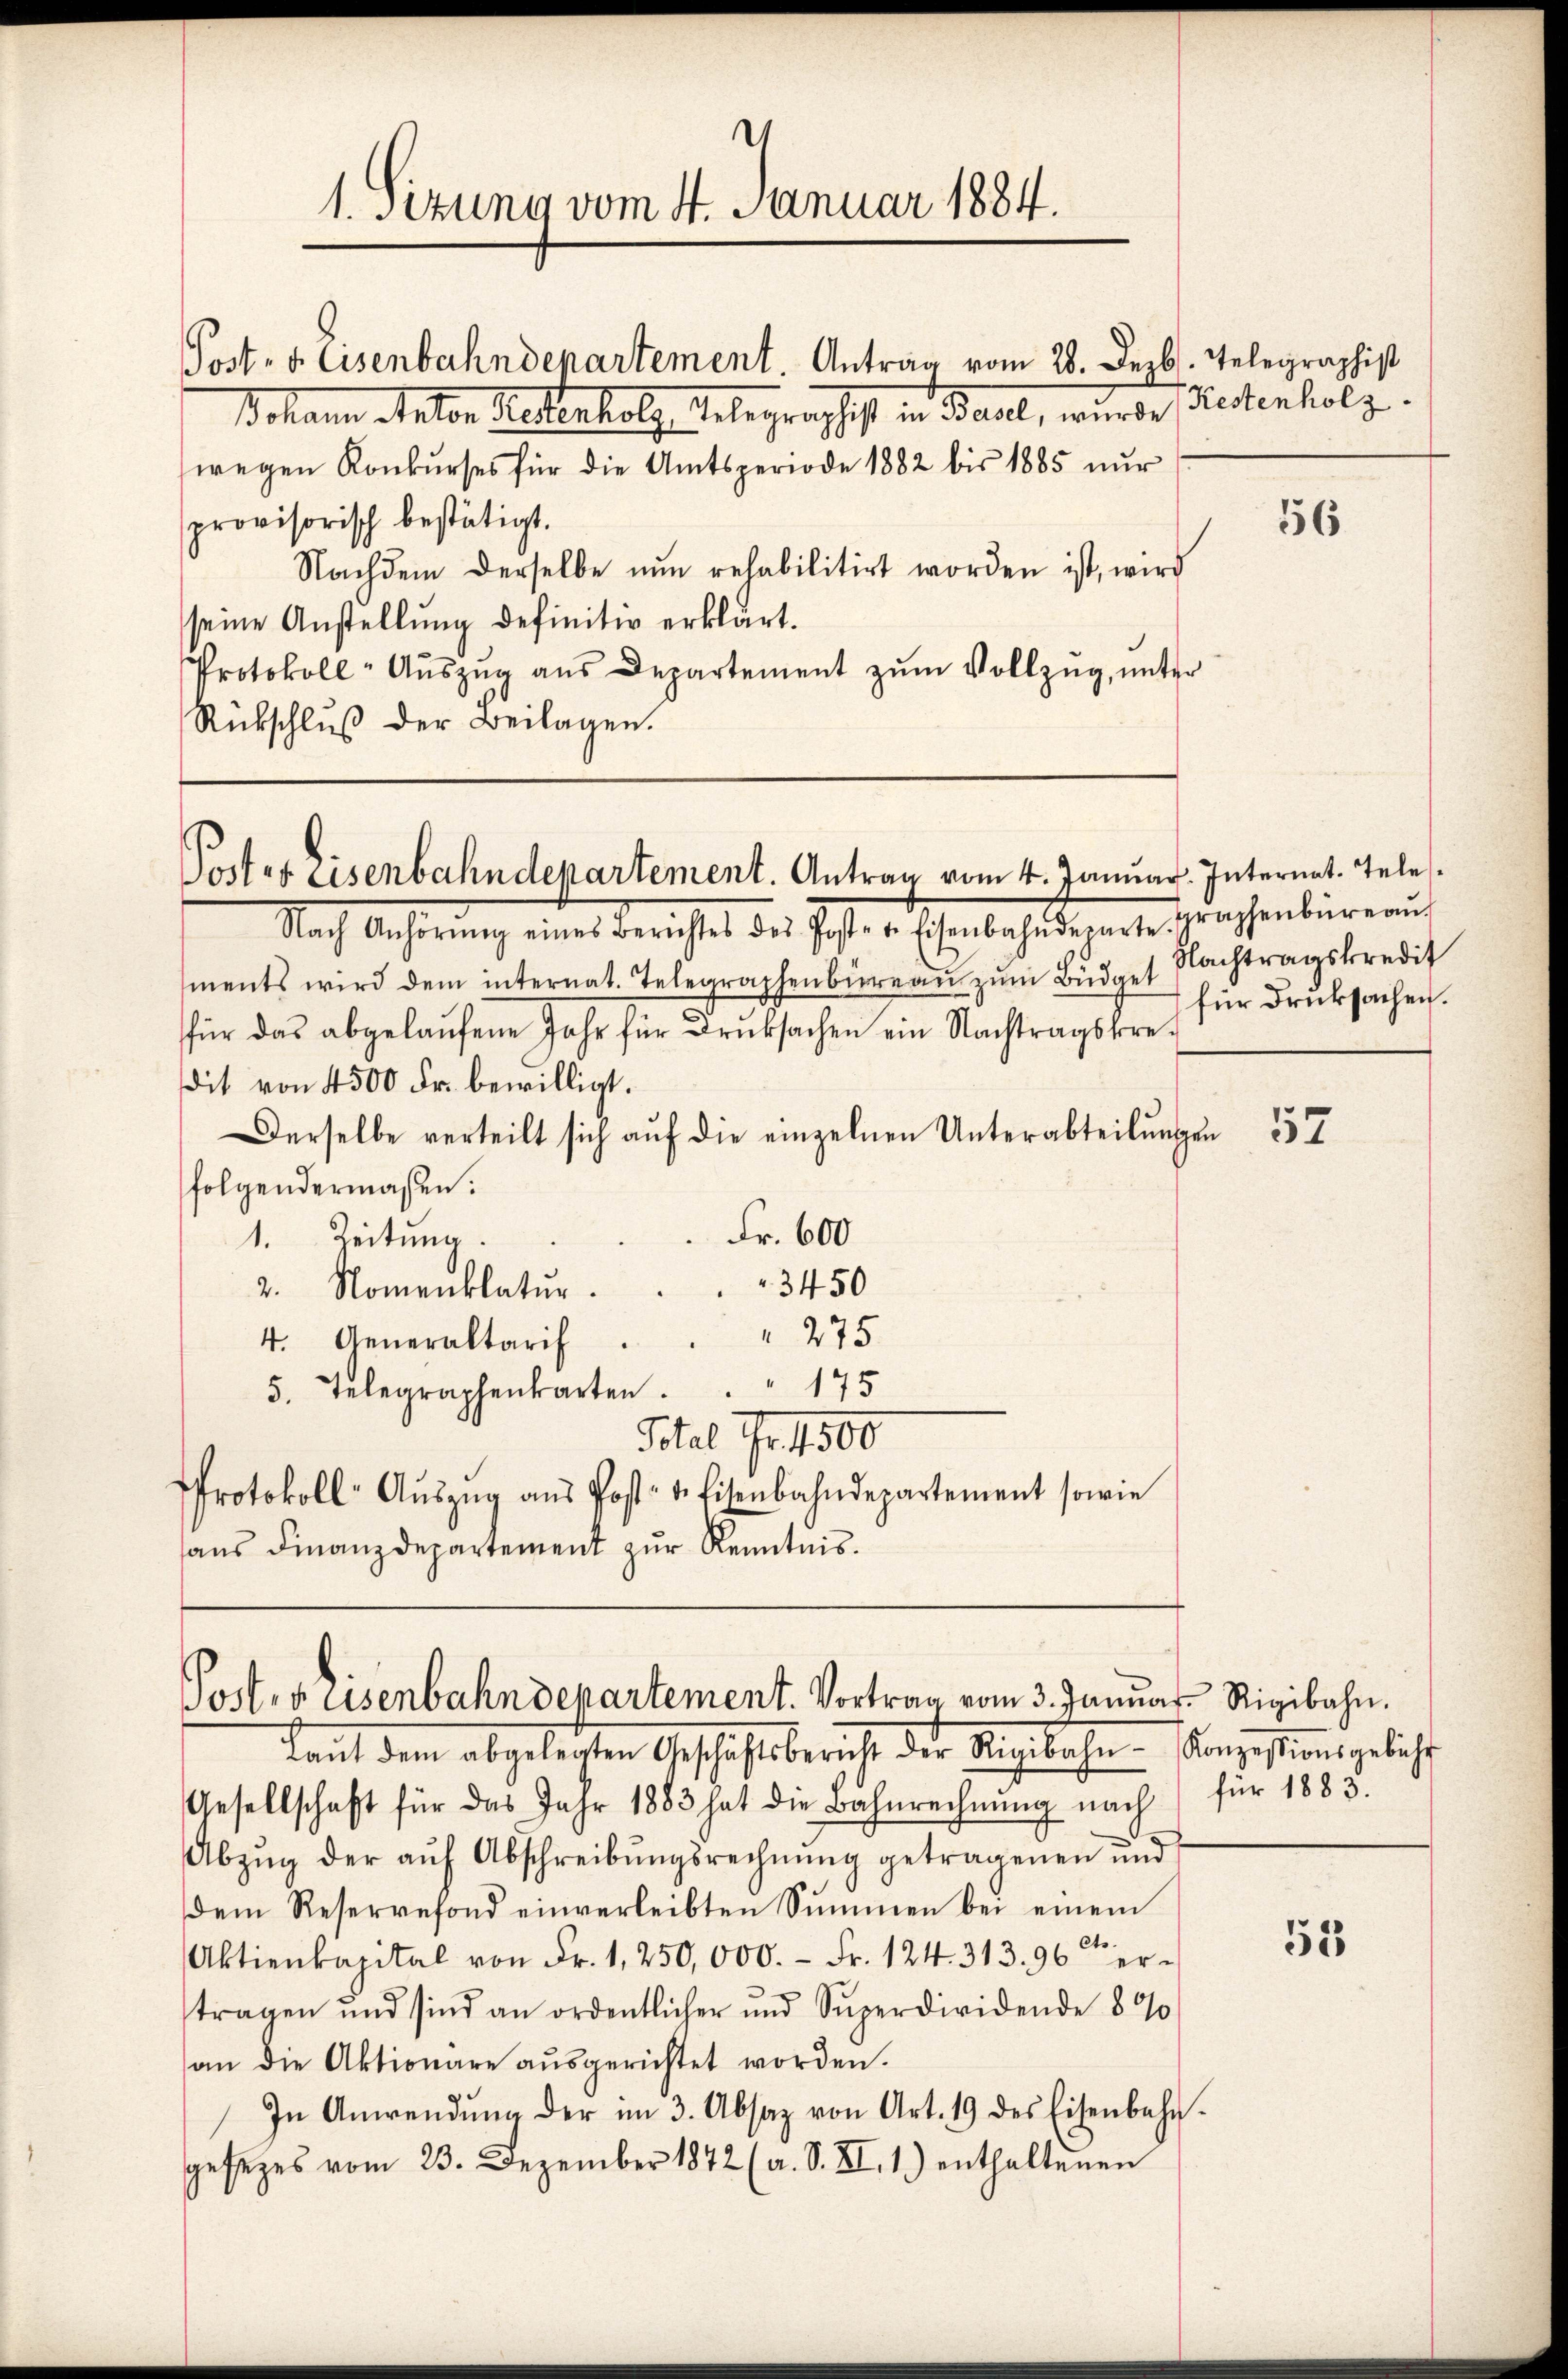
1. Setzung vom 4. Januar 1884.
Post. d. Eisenbahndepartement. Antrag vom 28. Dezbr. Telegraphist

1 Mann Anton Kellenholz, Gelegraphist in Baul, würdes Niederholz.
wegen Konkŭrses für die Amtsperiode 1882 bis 1885 nŭr
provisorisch bestätigt.
Nachdem derselbe nŭn rehabilitirt worden ist, wird
seine Anstellung definitiv erklärt.
Protokoll-Aŭszŭg aŭs Departement zŭm Vollzŭg, ŭnter
Rückschluß der Beilagen.

Poster Eisenbahndepartement. Antrag vom 4. Januar. Internat. Tele

Postes eisenbahndepartement. Vortrag vom 3. Januar Rigibahn.

Nach Anhörung einer Berichtet die Jahren sehen behaltungenden Gerechen berein
ments wird dem internat. Telegraphenbüreaŭ zŭm Büdget
für das abgelaŭfene Jahr für Druksachen ein Nachtragskredit von 4500 Fr. bewilligt.
Derselbe verteilt sich auf die einzelnen Unterabteilungen
folgendermaßen.
Fr. 600
1. Zeitung.
3450
2. Romenblatur
275
4. Generaltarif
175
5. Telegraphenbarten.
Total Fr. 1500
Protokoll- Aŭszŭg aŭs Post- u. Eisenbahndepartement sowie
ans Finanzdepartement zur Kenntnis.

Laut dem abgelegten Geschäftsbericht der Rigibahn-Konzessionsgebühr
Gesellschaft für das Jahr 1883 hat die Bahnrechnŭng nach für 1883.
Abzŭg der aŭf Abschreibŭngsrechnŭng getragenen und
dem Reservefond einverleibten Summen bei einem
Aktienkapital von Fr. 1, 250,000.- Fr. 124. 313. 96 der
tragen und sind an ordentlicher und Superdividende 8 %
an die Aktionare aŭsgerichtet worden.
In Anwendŭng der im 3. Absaz von Art. 19 des Eisenbahn-
gesezes vom 23. Dezember 1872 (a. S. XI. 1.) enthaltenen

556

Nachtragskredit
für Drucksachen.

57

53